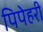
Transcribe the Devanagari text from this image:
पिपेहरी